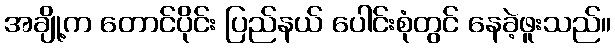
အချို့က တောင်ပိုင်း ပြည်နယ် ပေါင်းစုံတွင် နေခဲ့ဖူးသည်။